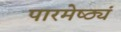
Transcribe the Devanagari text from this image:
पारमेष्ठ्यं